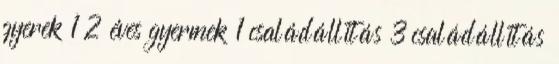
gyerek 1 2 éves gyermek 1 családállítás 3 családállítás